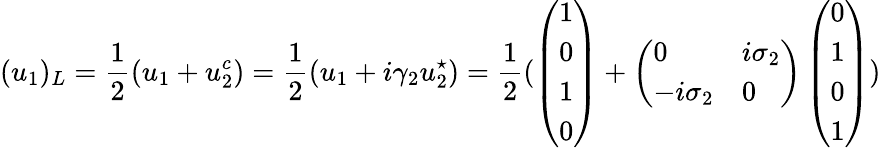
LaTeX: (u_{1})_{L}=\frac{1}{2}(u_{1}+u_{2}^{c})=\frac{1}{2}(u_{1}+i\gamma_{2}u_{2}^{\star})=\frac{1}{2}(\left(\begin{array}{l}{1}\\ {0}\\ {1}\\ {0}\end{array}\right)+\left(\begin{array}{ll}{0}&{i\sigma_{2}}\\ {-i\sigma_{2}}&{0}\end{array}\right)\left(\begin{array}{l}{0}\\ {1}\\ {0}\\ {1}\end{array}\right))